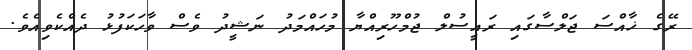
ރޭގެ ޚާއްސަ ޖަލްސާގައި ރައީސުލް ޖުމްހޫރިއްޔާ މުހައްމަދު ނަޝީދު ވެސް ވާހަކަފުޅު ދެއްކެވިއެވެ.